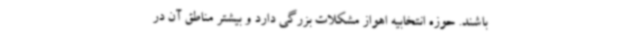
باشند. حوزه انتخابیه اهواز مشکلات بزرگی دارد و بیشتر مناطق آن در